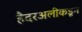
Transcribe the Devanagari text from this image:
हैदरअलीकडून